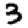
Digit: 3